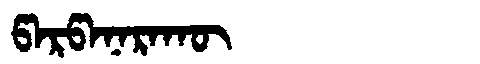
Manchu: ᡦᠠᡵᡦᠠᠨᠠᡵᠠᡴᡡ
Romanization: PARPANARAKŪ